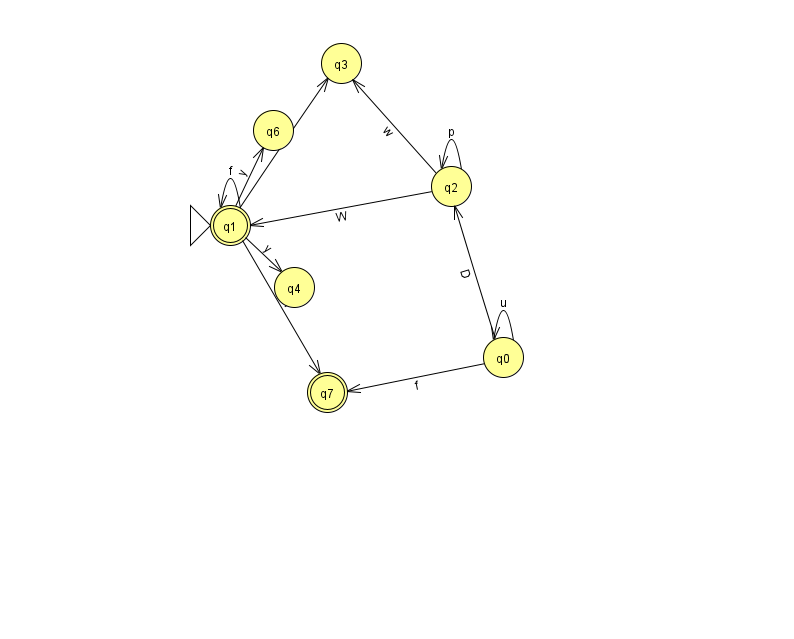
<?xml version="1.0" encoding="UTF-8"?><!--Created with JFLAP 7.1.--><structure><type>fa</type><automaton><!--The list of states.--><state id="0" name="q0"><x>503.0</x><y>344.0</y></state><state id="1" name="q1"><x>230.0</x><y>212.0</y><initial/><final/></state><state id="2" name="q2"><x>451.0</x><y>173.0</y></state><state id="3" name="q3"><x>341.0</x><y>50.0</y></state><state id="4" name="q4"><x>294.0</x><y>274.0</y></state><state id="6" name="q6"><x>273.0</x><y>117.0</y></state><state id="7" name="q7"><x>327.0</x><y>379.0</y><final/></state><!--The list of transitions.--><transition><from>2</from><to>2</to><read>p</read></transition><transition><from>0</from><to>2</to><read>D</read></transition><transition><from>2</from><to>1</to><read>W</read></transition><transition><from>1</from><to>7</to><read>n</read></transition><transition><from>0</from><to>0</to><read>u</read></transition><transition><from>1</from><to>1</to><read>f</read></transition><transition><from>2</from><to>3</to><read>w</read></transition><transition><from>1</from><to>3</to><read>M</read></transition><transition><from>1</from><to>6</to><read>y</read></transition><transition><from>1</from><to>4</to><read>y</read></transition><transition><from>0</from><to>7</to><read>f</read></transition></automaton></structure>